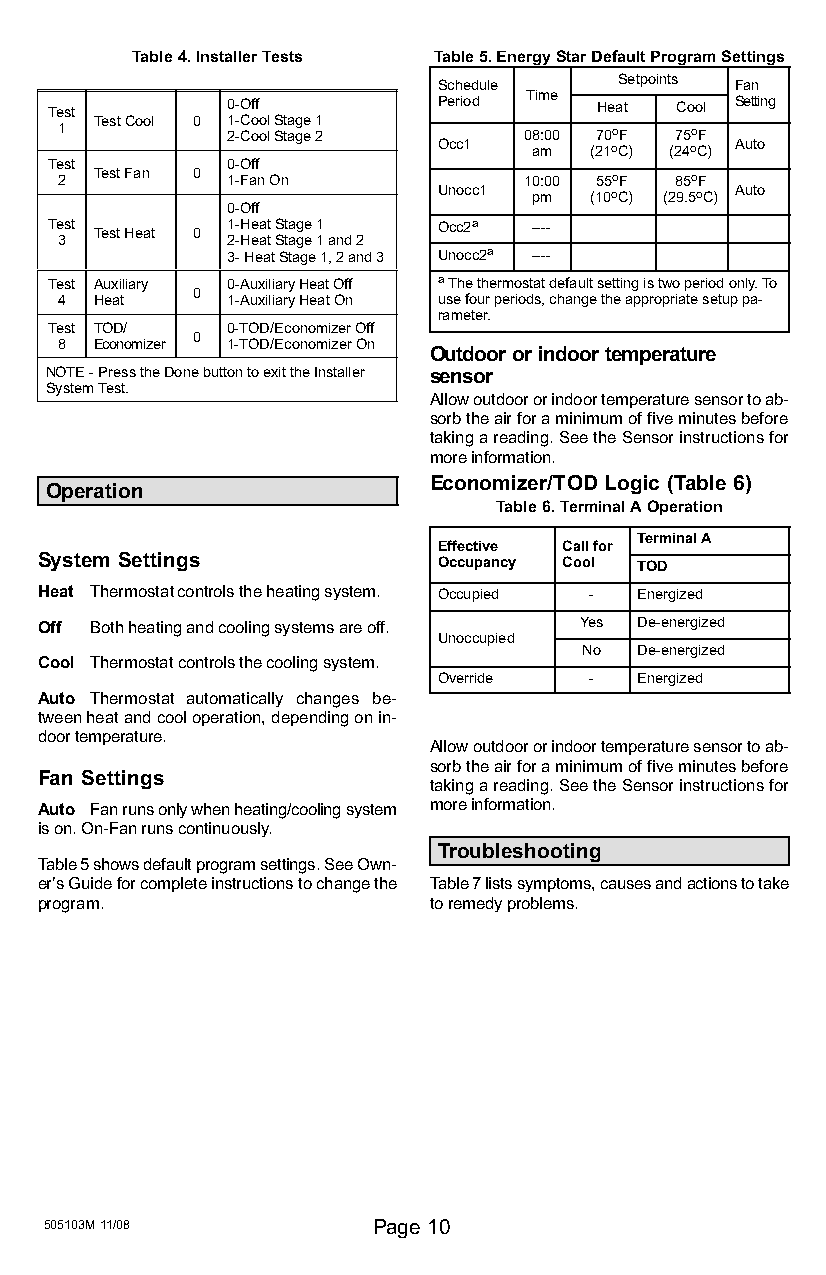
Table 4. Installer Tests Table 5. Energy Star Default Program Settings
 SScchheedduullee Setpoints FFaann
 TTiimmee
 Test        0−Off         Period    Heat  Cool Setting
 Test Cool 0 1−Cool Stage 1
 1          2−Cool Stage 2      08:00 70oF 75oF
 Occ1  am  (21oC) (24oC) Auto
 Test        0−Off
 2 Test Fan 0 1−Fan On          10:00 55oF 85oF
 Unocc1 pm (10oC) (29.5oC) Auto
 0−Off
 Test Test Heat 0 1−Heat Stage 1 Occ2a −−−−
 3          2−Heat Stage 1 and 2
 3− Heat Stage 1, 2 and 3 Unocc2a −−−−
 Test Auxiliary 0−Auxiliary Heat Off a The thermostat default setting is two period only. To
 0
 4 Heat     1−Auxiliary Heat On use four periods, change the appropriate setup pa-
 rameter.
 Test TOD/   0−TOD/Economizer Off
 0
 8 Economizer 1−TOD/Economizer On
 Outdoor or indoor temperature
 NOTE − Press the Done button to exit the Installer sensor
 System Test.
 Allow outdoor or indoor temperature sensor to ab-
 sorb the air for a minimum of five minutes before
 taking a reading. See the Sensor instructions for
 more information.
 Economizer/TOD Logic (Table 6)
 Operation
 Table 6. Terminal A Operation
 Terminal A
 EEffffeeccttiivvee CCaallll ffoorr
 System Settings            Occupancy Cool TOD
 Heat Thermostat controls the heating system. Occupied − Energized
 Off Both heating and cooling systems are off. Yes De−energized
 UUnnooccccuuppiieedd
 No  De−energized
 Cool Thermostat controls the cooling system.
 Override  −  Energized
 Auto Thermostat automatically changes be-
 tween heat and cool operation, depending on in-
 door temperature.
 Allow outdoor or indoor temperature sensor to ab-
 sorb the air for a minimum of five minutes before
 Fan Settings
 taking a reading. See the Sensor instructions for
 Auto Fan runs only when heating/cooling system more information.
 is on. On−Fan runs continuously.
 Troubleshooting
 Table 5 shows default program settings. See Own-
 er’s Guide for complete instructions to change the Table 7 lists symptoms, causes and actions to take
 program.                  to remedy problems.
 505103M 11/08         Page 10